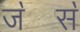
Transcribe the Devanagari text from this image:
ज॓स॓